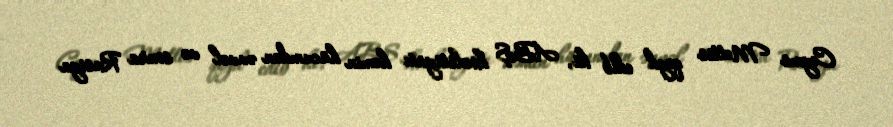
Ceyms Mettis qeyd edib ki, ABŞ koalisiyası həmin hücumdan əvvəl və sonra Rusiya